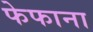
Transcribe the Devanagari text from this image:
फेफाना